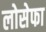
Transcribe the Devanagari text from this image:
लोसेफा